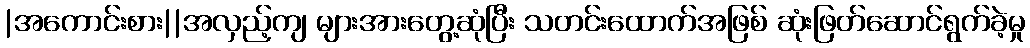
|အကောင်းစား||အလှည့်ကျ များအားတွေ့ဆုံပြီး သတင်းထောက်အဖြစ် ဆုံးဖြတ်ဆောင်ရွက်ခဲ့မှု